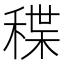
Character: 𥠓